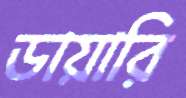
ডায়ারি